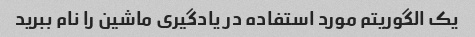
یک الگوریتم مورد استفاده در یادگیری ماشین را نام ببرید